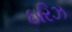
ઇરિઝ